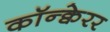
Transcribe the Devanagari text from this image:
कॉन्क्वेरर